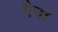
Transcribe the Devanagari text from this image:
गैनां